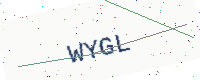
Text: WYGL